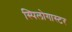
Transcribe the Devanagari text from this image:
स्पिलोगास्टर